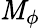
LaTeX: \mathit{M}_{\phi}